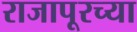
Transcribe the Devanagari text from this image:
राजापूरच्या